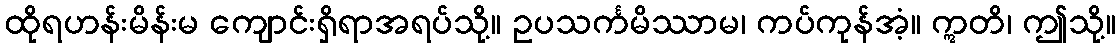
ထိုရဟန်းမိန်းမ ကျောင်းရှိရာအရပ်သို့။ ဥပသင်္ကမိဿာမ၊ ကပ်ကုန်အံ့။ ဣတိ၊ ဤသို့။